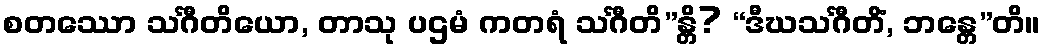
စတဿော သင်္ဂီတိယော, တာသု ပဌမံ ကတရံ သင်္ဂီတိ”န္တိ? “ဒီဃသင်္ဂီတိံ, ဘန္တေ”တိ။